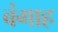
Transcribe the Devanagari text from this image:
बंगाह